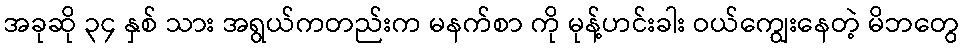
အခုဆို ၃၄ နှစ် သား အရွယ်ကတည်းက မနက်စာ ကို မုန့်ဟင်းခါး ဝယ်ကျွေးနေတဲ့ မိဘတွေ